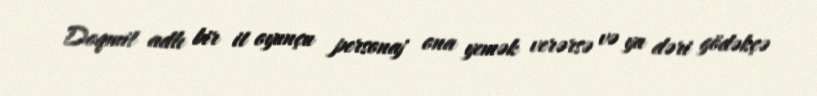
Doqmit adlı bir it oyunçu personaj ona yemək verərsə və ya dəri gödəkçə